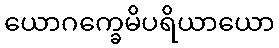
ယောဂက္ခေမိပရိယာယော